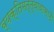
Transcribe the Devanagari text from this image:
व्यक्तिमत्त्वावासाठी